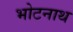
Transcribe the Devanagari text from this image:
भोटनाथ